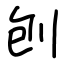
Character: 刨